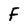
Character: F